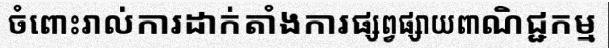
ចំពោះរាល់ការដាក់តាំងការផ្សព្វផ្សាយពាណិជ្ជកម្ម